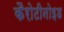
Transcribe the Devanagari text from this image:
कैरोटीनोइड